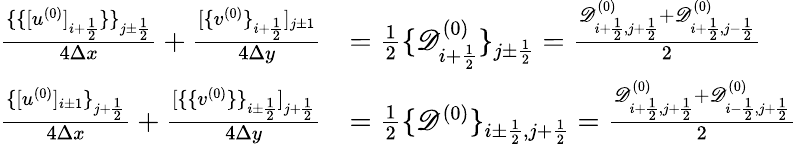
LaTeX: \begin{array}{rl}{\frac{\{ \{ [u^{(0)}]_{i+\frac 12}\} \} _{j\pm\frac 12}}{4\Delta x}+\frac{[\{ v^{(0)}\} _{i+\frac 12}]_{j\pm 1}}{4\Delta y}}&{=\frac 12\{ \mathscr D_{i+\frac 12}^{(0)}\} _{j\pm\frac 12}=\frac{\mathscr D_{i+\frac 12,j+\frac 12}^{(0)}+\mathscr D_{i+\frac 12,j-\frac 12}^{(0)}}{2}}\\ {\frac{\{ [u^{(0)}]_{i\pm 1}\} _{j+\frac 12}}{4\Delta x}+\frac{[\{ \{ v^{(0)}\} \} _{i\pm\frac 12}]_{j+\frac 12}}{4\Delta y}}&{=\frac 12\{ \mathscr D^{(0)}\} _{i\pm\frac 12,j+\frac 12}=\frac{\mathscr D_{i+\frac 12,j+\frac 12}^{(0)}+\mathscr D_{i-\frac 12,j+\frac 12}^{(0)}}{2}}\end{array}